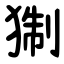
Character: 猘